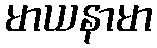
မာယနာမာ